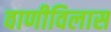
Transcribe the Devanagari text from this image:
वाणीविलास